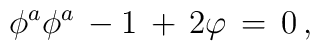
\phi^a \phi^a\, -1\, +\, 2\varphi\, =\, 0\, ,